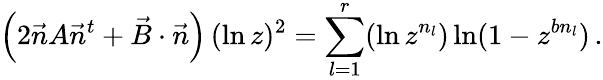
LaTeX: \left(2\vec{n}A\vec{n}^{t}+\vec{B}\cdot\vec{n}\right)\, (\ln z)^{2}=\sum_{l=1}^{r}(\ln z^{n_{l}})\ln(1-z^{bn_{l}})\, .